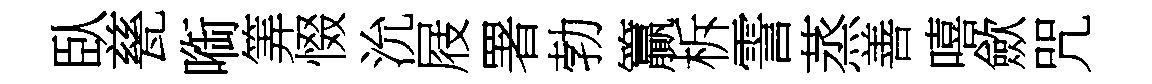
臥甆㗸筭惙沇屐署勃籯柝霅蒸善嘻歛咒